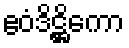
ဧဝံဒိဋ္ဌိကော